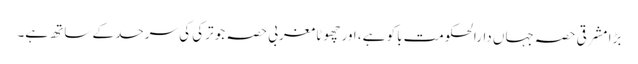
بڑا مشرقی حصہ جہاں دارالحکومت باکو ہے، اور چھوٹا مغربی حصہ جو ترکی کی سرحد کے ساتھ ہے۔